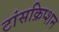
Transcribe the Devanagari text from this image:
टांसक्रिप्शन